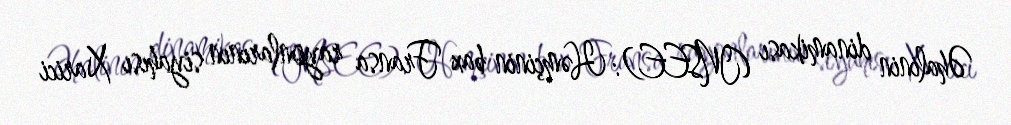
Əhalinin dinamikası (INSEE): Həmçinin bax Fransa rayonlarının siyahısı Xarici